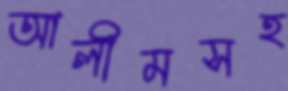
আলীমসহ